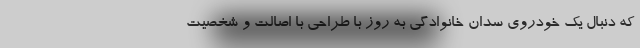
که دنبال یک خودروی سدان خانوادگی به روز با طراحی با اصالت و شخصیت